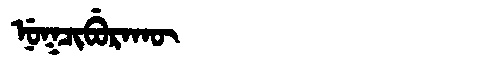
Manchu: ᠨᡠᡴᠴᡳᠪᡠᡵᠠᡴᡡ
Romanization: NUKCIBURAKŪ